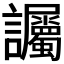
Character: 𫍘